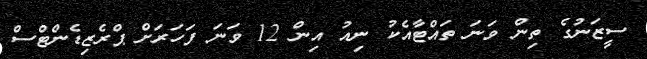
ސީޒަނުގެ ތިން ވަނަ ތައްޓާއެކު ނިއު އިން 12 ވަނަ ފަހަރަށް ޕްރެޒިޑެންޓްސް